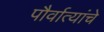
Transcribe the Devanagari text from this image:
पौर्वात्यांचे